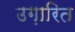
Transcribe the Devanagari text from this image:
उग़ारित